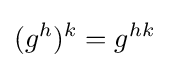
(g^{h})^{k}=g^{hk}